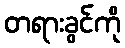
တရားခွင်ကို